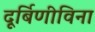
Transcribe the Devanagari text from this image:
दूर्बिणीविना